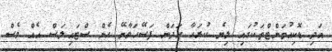
އަދި ޑޮކިއުމަންޓްތަކުގައި ލިޔެ ކުރަހާ ހަދަން ފަސޭހަވާނޭ ހެން ސްޓައިލަސް އެއް ވެސް